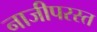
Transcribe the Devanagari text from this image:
नाजीपरस्त